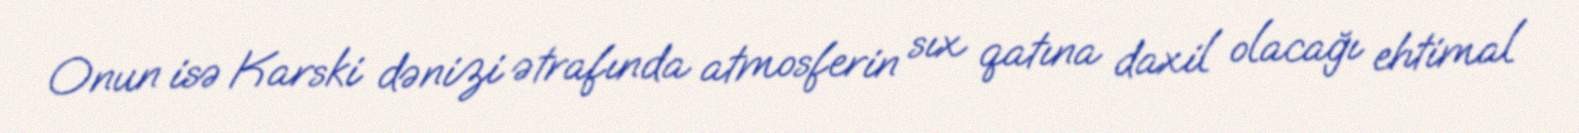
Onun isə Karski dənizi ətrafında atmosferin sıx qatına daxil olacağı ehtimal